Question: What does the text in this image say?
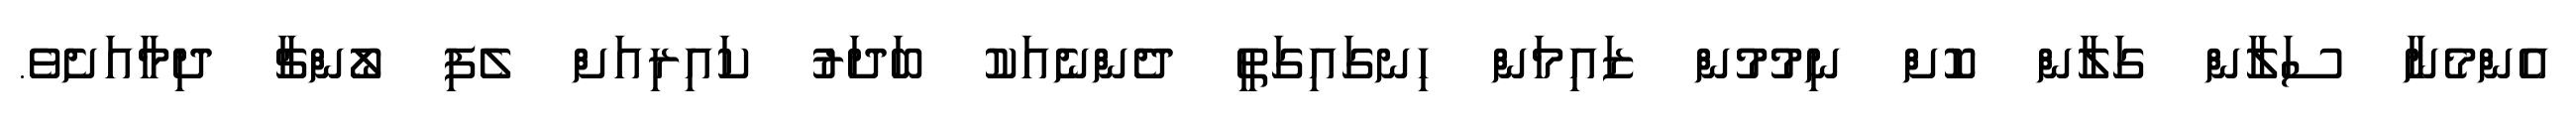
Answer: އެންމެނާ ސަލާން ގަލާން ކޮށް ނިމުމުން ޒައިމަން ހިނގައިގަތީ ދެންނެއަކު ބަދަރު ކައިރިއަށް ލެފި ލޯންޗާ ދިމާއަށެވެ.